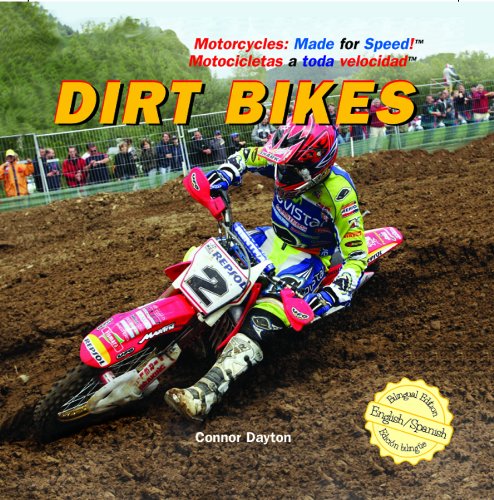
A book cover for Dirt Bikes (Motorcycles: Made for Speed / Motocicletas a Toda Velocidad); Connor Dayton; Children's Books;